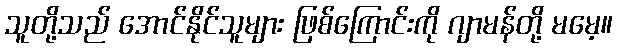
သူတို့သည် အောင်နိုင်သူများ ဖြစ်ကြောင်းကို ဂျာမန်တို့ မမေ့။